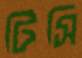
টিসি